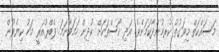
މަސައްކަތް މިވަގުތު ކުރމުންދާކަމަށެވެ. އަދި ކޯސްތަކަށް ކުދިން ހަމަވާނަމަ ފެބްރުއަރީ މަހު ކިޔެވުން